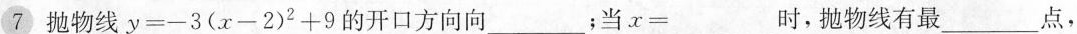
7抛物线$$y=-3(x-2)^{2}+9$$的开口方向向___；当$$x=___$$时，抛物线有最___点.